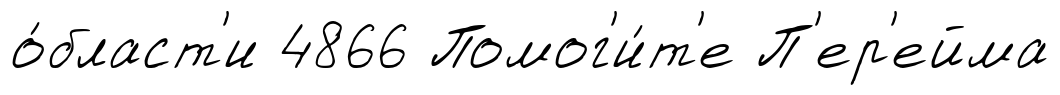
о́бласт'и 4866 Помог'и́т'е П'ер'ейма